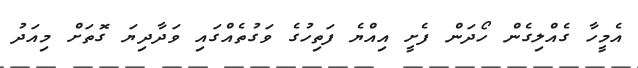
އެމީހާ ގެއްލިގެން ހޯދަން ފެށީ އިއްޔެ ފަތިހުގެ ވަގުތެއްގައި ވަދާދިޔަ ގޮތަށް މިއަދު